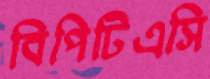
বিপিটিএসি